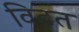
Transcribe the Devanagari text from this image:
विटत